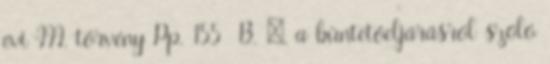
évi III. törvény Pp. 155 B. §, a büntetőeljárásról szóló